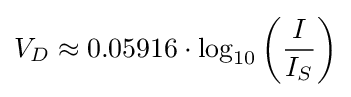
V_{D}\approx 0.05916\cdot \log _{10}{\left({\frac {I}{I_{S}}}\right)}